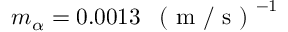
m _ { \alpha } = 0 . 0 0 1 3 \: \: \mathrm { ~ ( ~ m ~ / ~ s ~ ) ~ } ^ { - 1 }